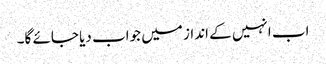
اب انہیں کے انداز میں جواب دیا جائے گا۔